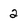
Character: 2